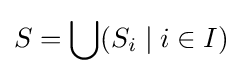
S=\bigcup (S_{i}\mid i\in I)